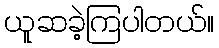
ယူဆခဲ့ကြပါတယ်။